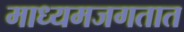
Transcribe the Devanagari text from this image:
माध्यमजगतात